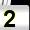
Digit: 2